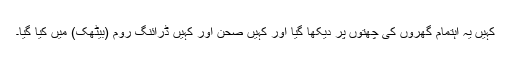
کہیں یہ اہتمام گھروں کی چھتوں پر دیکھا گیا اور کہیں صحن اور کہیں ڈرائنگ روم (بیٹھک) میں کیا گیا۔